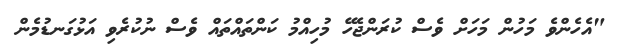
"އެހެންވެ މަހުން މަހަށް ވެސް ކުރަންޖެހޭ މުހިއްމު ކަންތައްތައް ވެސް ނުކުރެވި އަޅުގަނޑުމެން